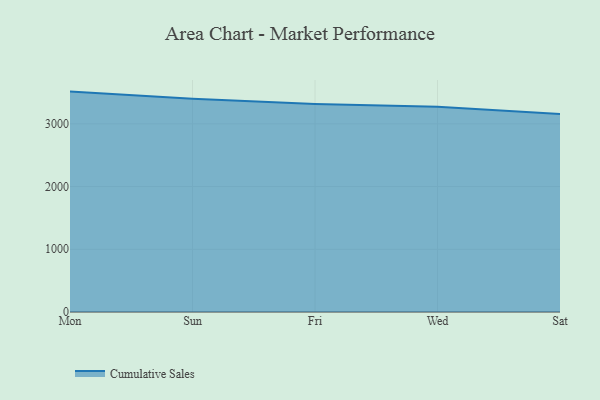
{"axis": {"x": "Day", "y": "Temperature (°C)"}, "legend": ["Cumulative Sales"], "data": [{"x": "Mon", "y": 3514.8, "type": "Cumulative Sales"}, {"x": "Sun", "y": 3399.4, "type": "Cumulative Sales"}, {"x": "Fri", "y": 3316.4, "type": "Cumulative Sales"}, {"x": "Wed", "y": 3275.0, "type": "Cumulative Sales"}, {"x": "Sat", "y": 3155.9, "type": "Cumulative Sales"}]}